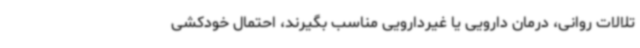
تلالات روانی، درمان دارویی یا غیردارویی مناسب بگیرند، احتمال خودکشی